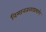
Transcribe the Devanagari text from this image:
विमानतळाप्रमाणे